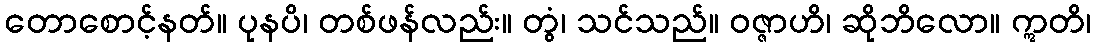
တောစောင့်နတ်။ ပုနပိ၊ တစ်ဖန်လည်း။ တွံ၊ သင်သည်။ ဝဇ္ဇာဟိ၊ ဆိုဘိလော။ ဣတိ၊